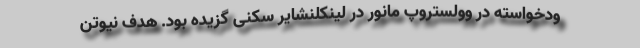
ودخواسته در وولستروپ مانور در لینکلنشایر سکنی گزیده بود. هدف نیوتن